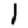
Digit: 1